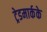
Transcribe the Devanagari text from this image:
ट्रेडमार्कके